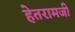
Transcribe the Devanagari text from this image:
हेतरामजी